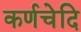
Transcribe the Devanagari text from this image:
कर्णचेदि